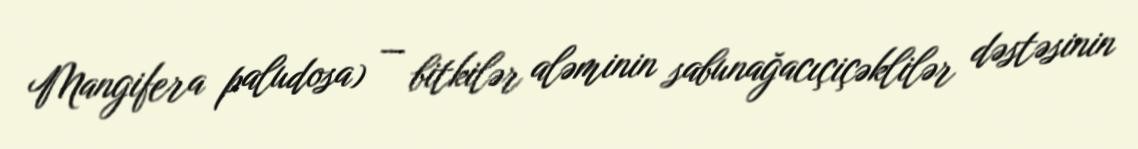
Mangifera paludosa) — bitkilər aləminin sabunağacıçiçəklilər dəstəsinin